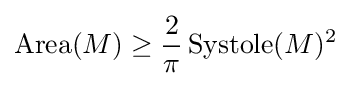
\operatorname {Area} (M)\geq {\frac {2}{\pi }}\operatorname {Systole} (M)^{2}